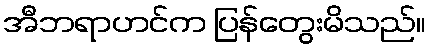
အီဘရာဟင်က ပြန်တွေးမိသည်။